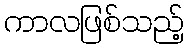
ကာလဖြစ်သည့်